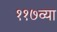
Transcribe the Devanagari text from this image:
११७व्या